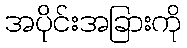
အပိုင်းအခြားကို